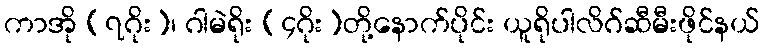
ကာအို (၇ဂိုး)၊ ဂါမဲရိုး (၄ဂိုး)တို့နောက်ပိုင်း ယူရိုပါလိဂ်ဆီမီးဖိုင်နယ်